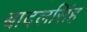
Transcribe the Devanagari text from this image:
बादलसिंह